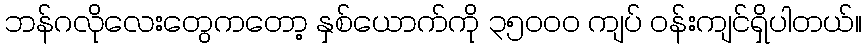
ဘန်ဂလိုလေးတွေကတော့ နှစ်ယောက်ကို ၃၅၀၀၀ ကျပ် ဝန်းကျင်ရှိပါတယ်။